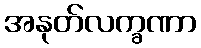
အနုတ်လက္ခဏာ